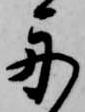
舟